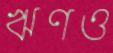
ঋণও